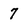
Character: 7